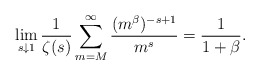
\begin{align*}\lim_{s\downarrow 1}\frac{1}{\zeta(s)}\sum_{m=M}^{\infty}\frac{(m^{\beta})^{-s+1}}{m^s}=\frac{1}{1+\beta}.\end{align*}